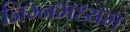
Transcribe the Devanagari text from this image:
निम्नमध्यम